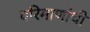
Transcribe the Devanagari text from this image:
परिमाणांची